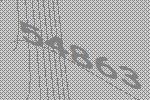
54863